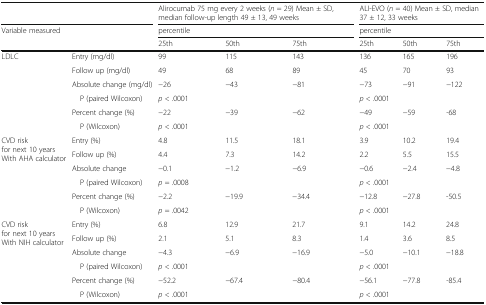
| <COLSPAN=2>  | <COLSPAN=3> Alirocumab 75 mg every 2 weeks (n = 29) Mean ± SD, median follow-up length 49 ± 13, 49 weeks | <COLSPAN=3> ALI-EVO (n = 40) Mean ± SD, median 37 ± 12, 33 weeks |
 | <ROWSPAN=2-COLSPAN=2> Variable measured | <COLSPAN=3> percentile | <COLSPAN=3> percentile |
 | 25th | 50th | 75th | 25th | 50th | 75th |
 | --- | --- | --- | --- | --- | --- | --- | --- |
 | <ROWSPAN=6> LDLC | Entry (mg/dl) | 99 | 115 | 143 | 136 | 165 | 196 |
 | Follow up (mg/dl) | 49 | 68 | 89 | 45 | 70 | 93 |
 | Absolute change (mg/dl) | −26 | −43 | −81 | −73 | −91 | −122 |
 | P (paired Wilcoxon) | <COLSPAN=3> p < .0001 | <COLSPAN=3> p < .0001 |
 | Percent change (%) | −22 | −39 | −62 | −49 | −59 | -68 |
 | P (Wilcoxon) | <COLSPAN=3> p < .0001 | <COLSPAN=3> p < .0001 |
 | <ROWSPAN=6> CVD riskfor next 10 yearsWith AHA calculator | Entry (%) | 4.8 | 11.5 | 18.1 | 3.9 | 10.2 | 19.4 |
 | Follow up (%) | 4.4 | 7.3 | 14.2 | 2.2 | 5.5 | 15.5 |
 | Absolute change | −0.1 | −1.2 | −6.9 | −0.6 | −2.4 | −4.8 |
 | P (paired Wilcoxon) | <COLSPAN=3> p = .0008 | <COLSPAN=3> p < .0001 |
 | Percent change (%) | −2.2 | −19.9 | −34.4 | −12.8 | −27.8 | -50.5 |
 | P (Wilcoxon) | <COLSPAN=3> p = .0042 | <COLSPAN=3> p < .0001 |
 | <ROWSPAN=6> CVD riskfor next 10 yearsWith NIH calculator | Entry (%) | 6.8 | 12.9 | 21.7 | 9.1 | 14.2 | 24.8 |
 | Follow up (%) | 2.1 | 5.1 | 8.3 | 1.4 | 3.6 | 8.5 |
 | Absolute change | −4.3 | −6.9 | −16.9 | −5.0 | −10.1 | −18.8 |
 | P (paired Wilcoxon) | <COLSPAN=3> p < .0001 | <COLSPAN=3> p < .0001 |
 | Percent change (%) | −52.2 | −67.4 | −80.4 | −56.1 | −77.8 | -85.4 |
 | P (Wilcoxon) | <COLSPAN=3> p < .0001 | <COLSPAN=3> p < .0001 |